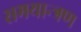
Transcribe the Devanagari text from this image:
समयान्त्रण